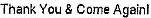
THANK YOU & COME AGAIN!